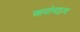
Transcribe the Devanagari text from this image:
आयोनाइज़्द